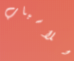
للأسباب